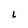
Character: L